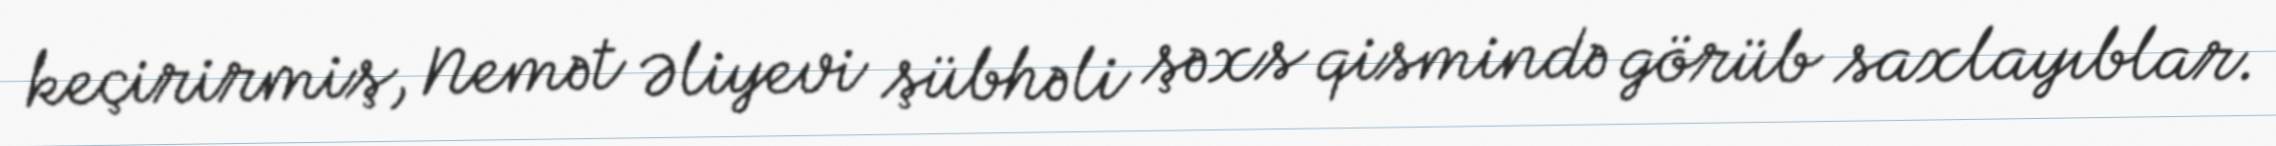
keçirirmiş, Nemət Əliyevi şübhəli şəxs qismində görüb saxlayıblar.